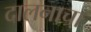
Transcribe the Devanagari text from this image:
दालनाचा